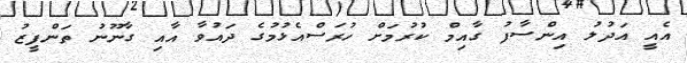
އެއީ އަދުލު އިންސާފު ގާއިމް ކުރުމަށް ހުރަސްއެޅުމުގެ ދައުވާ އާއި ގާނޫނު ތަންފީޒު